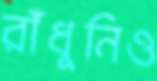
রাঁধুনিও